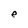
Character: e